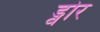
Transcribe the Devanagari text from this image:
ड्वोर